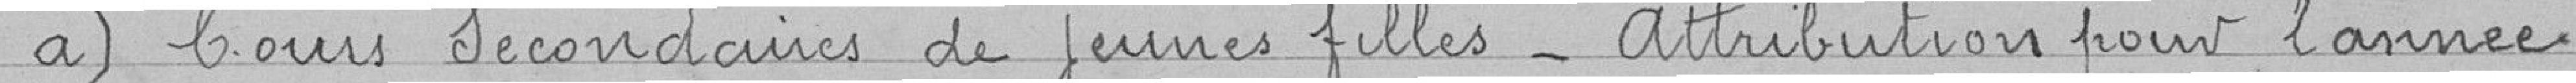
a) bons secondaires de jeunes filles - attribution pour l'année